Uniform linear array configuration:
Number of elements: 24
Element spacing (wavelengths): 0.25
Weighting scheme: exponential
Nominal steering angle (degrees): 30
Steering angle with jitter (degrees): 29.357
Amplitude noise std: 0.05
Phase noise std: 0.05

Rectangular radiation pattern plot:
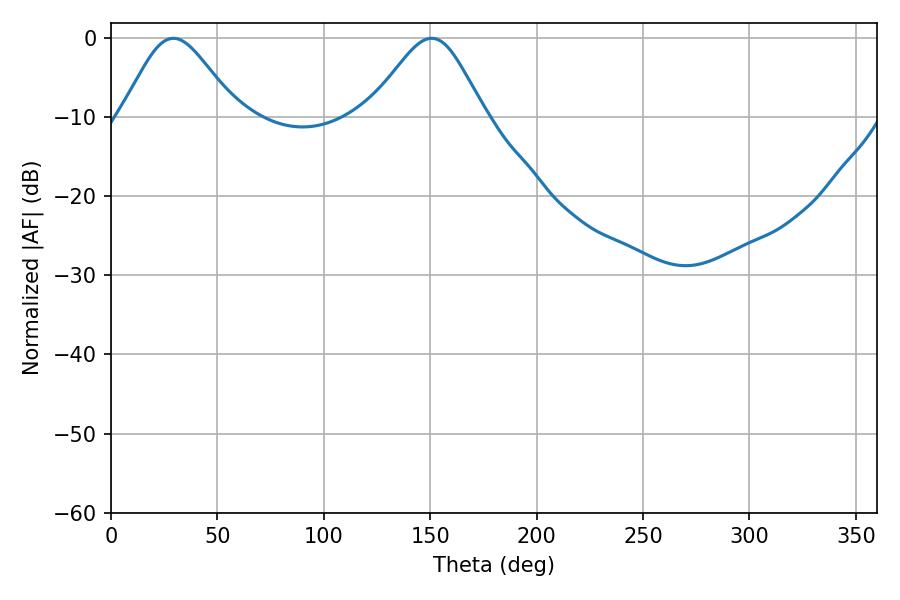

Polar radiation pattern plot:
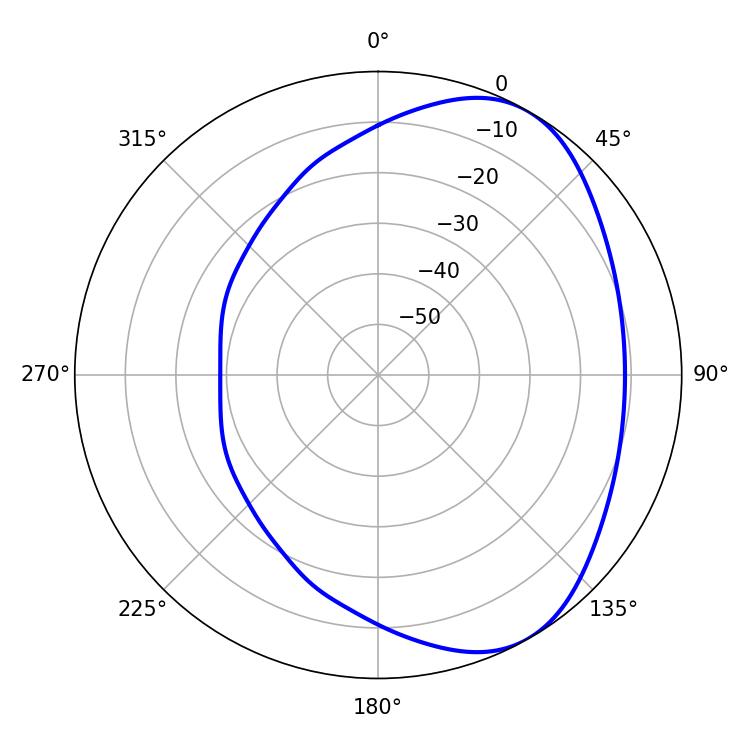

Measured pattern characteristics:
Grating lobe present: FALSE
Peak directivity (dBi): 5.107
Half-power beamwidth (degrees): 27
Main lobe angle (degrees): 29.34